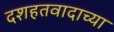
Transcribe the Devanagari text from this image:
दशहतवादाच्या